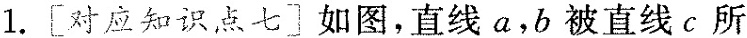
1.[对应知识点七]如图，直线a，b被直线c所